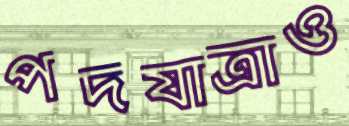
পদযাত্রাও